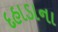
દહાડાના